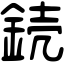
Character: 𨧣